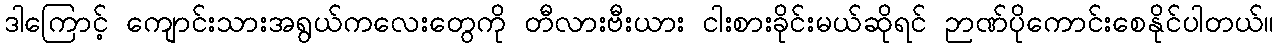
ဒါကြောင့် ကျောင်းသားအရွယ်ကလေးတွေကို တီလားဗီးယား ငါးစားခိုင်းမယ်ဆိုရင် ဉာဏ်ပိုကောင်းစေနိုင်ပါတယ်။